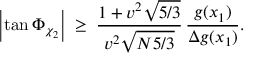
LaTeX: \left| \tan \Phi _ { \chi _ { 2 } } \right| \; \ge \; { \frac { 1 + v ^ { 2 } \sqrt { 5 / 3 } } { v ^ { 2 } \sqrt { N 5 / 3 } } } \, { \frac { g ( x _ { 1 } ) } { \Delta g ( x _ { 1 } ) } } .